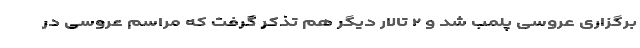
برگزاری عروسی پلمب شد و ۲ تالار دیگر هم تذکر گرفت که مراسم عروسی در